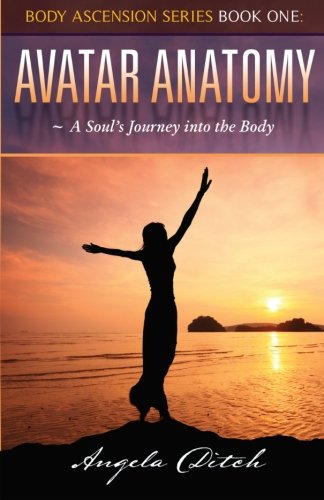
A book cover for Avatar Anatomy: A Soul's Journey into the Body (Body Ascension Series) (Volume 1); Angela Ditch; Self-Help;